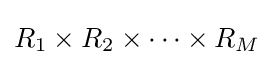
R_{1}\times R_{2}\times \cdots \times R_{M}